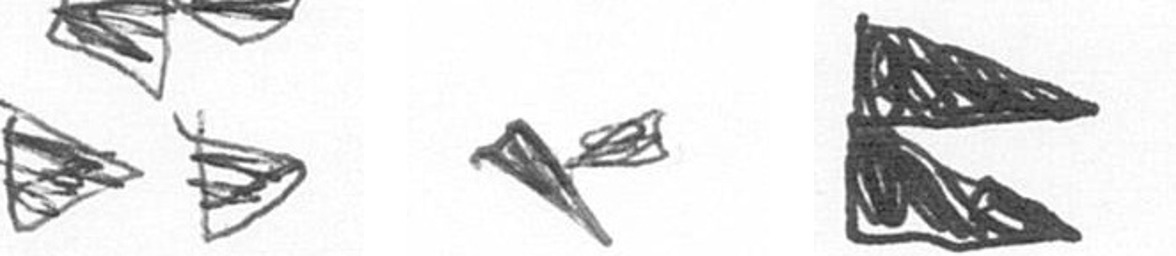
B F P